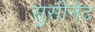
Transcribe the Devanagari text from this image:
सुसीनेट